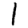
Digit: 1